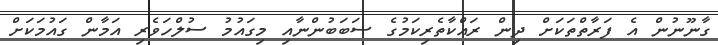
ގާނޫނުން އެ ފަރާތްތަކަށް ދިން ރައްކާތެރިކަމުގެ ސަބަބުންނާއި މިގައުމު ސުލްހަވެރި އަމާން ގައުމަކަށް